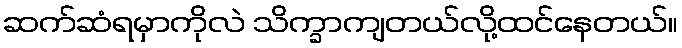
ဆက်ဆံရမှာကိုလဲ သိက္ခာကျတယ်လို့ထင်နေတယ်။